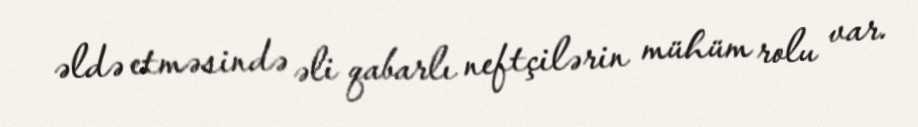
əldə etməsində əli qabarlı neftçilərin mühüm rolu var.